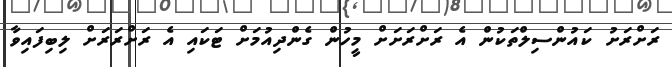
ރަށްރަށު ކައުންސިލްތަކުން އެ ރަށްރަށަށް މީހުން ގެންދިއުމަށް ޓަކައި އެ ރަށްރަރަށް ލިބިފައިވާ